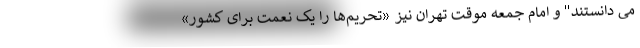
می دانستند" و امام جمعه موقت تهران نیز «تحریم‌ها را یک نعمت برای کشور»